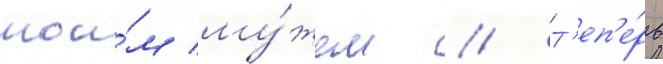
мои́м му́жем // Т'еп'е́рь